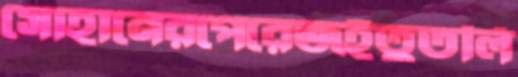
সোহানেরপেরেজইতুতলি